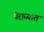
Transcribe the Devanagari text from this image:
पेराव्यात